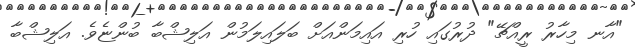
"އާނ މިހާރު ރީއްޗޭ" ދުރުގައި ހުރި އައިމަންއަށް ބަލައިލަމުން އަލިޝްބާ ބުންޏެވެ. އަލިޝްބާ